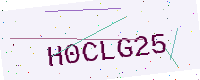
Text: H0CLG25